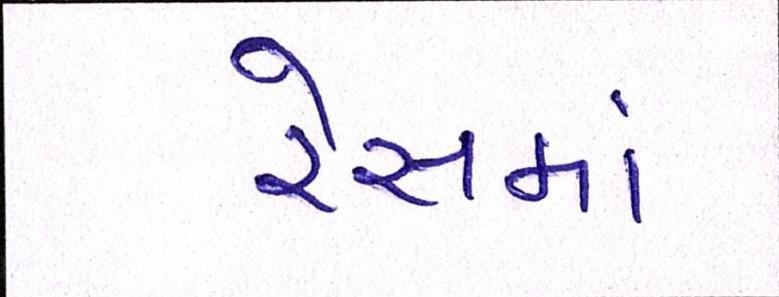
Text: રેસમાં